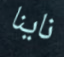
ناينا